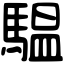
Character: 𩥈